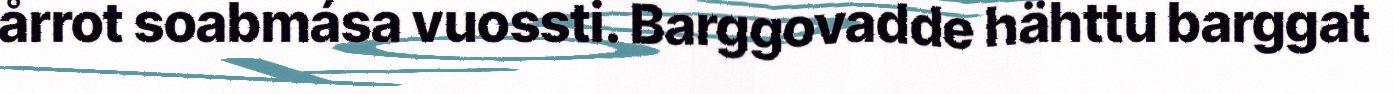
årrot soabmása vuossti. Barggovadde hähttu barggat